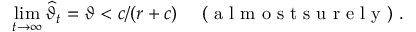
\operatorname* { l i m } _ { t \to \infty } \widehat { \vartheta } _ { t } = \vartheta < c / ( r + c ) \quad \mathrm { ~ ( ~ a ~ l ~ m ~ o ~ s ~ t ~ s ~ u ~ r ~ e ~ l ~ y ~ ) ~ . ~ }